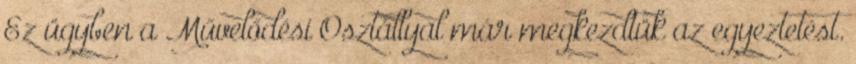
Ez ügyben a Művelődési Osztállyal már megkezdtük az egyeztetést.